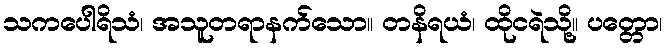
သကပေါရိသံ၊ အသူတရာနက်သော။ တနိရယံ၊ ထိုငရဲသို့။ ပတ္တော၊